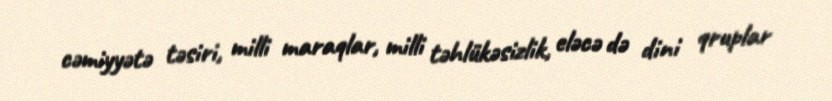
cəmiyyətə təsiri, milli maraqlar, milli təhlükəsizlik, eləcə də dini qruplar